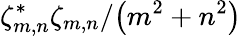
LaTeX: \zeta_{m,n}^{*}\zeta_{m,n}/{\left(m^{2}+n^{2}\right)}